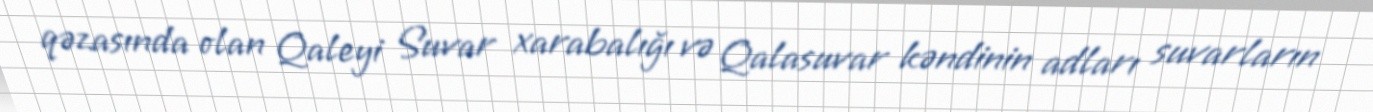
qəzasında olan Qaleyi Suvar xarabalığı və Qalasuvar kəndinin adları suvarların